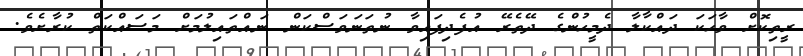
ރީތިކޮށް ވާހަކަ ދައްކާލާ ދެމީހުންގެ ދޭތެރޭ އުފެދިފައިވާ ނުތަނަވަސްކަން ނައްތައިލުމަށް މަސައްކަތް ކުރާށެވެ.